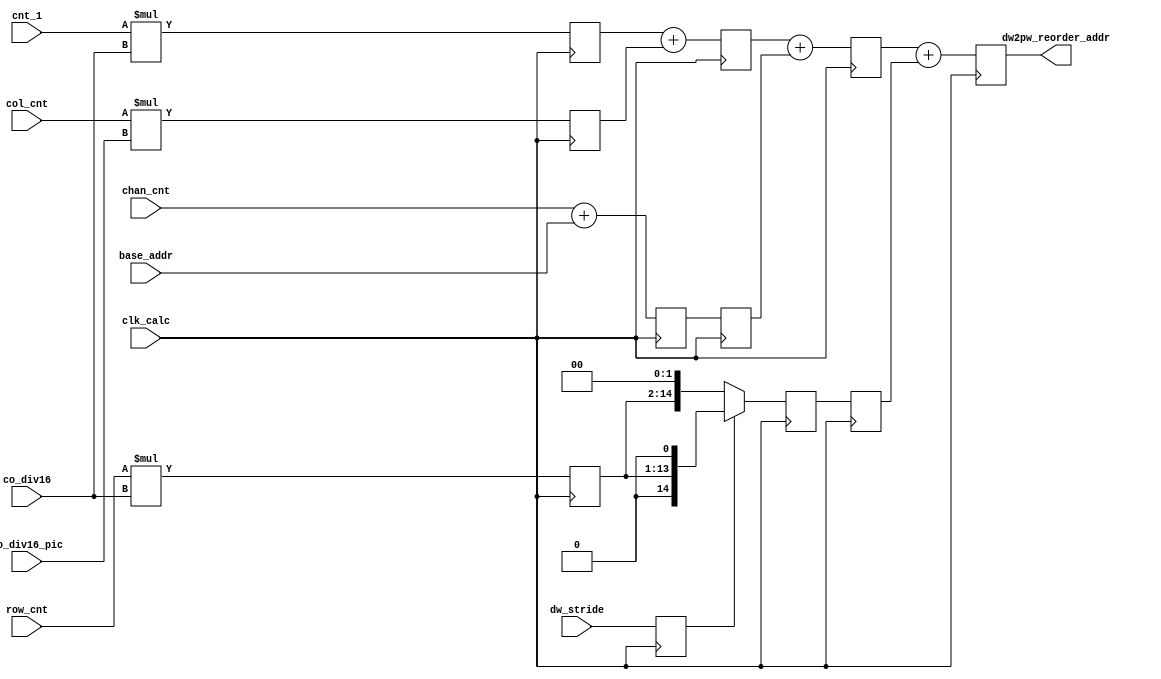
module dw2pw_reorder_addr_gen(
    input                   clk_calc            ,
    
    input                   dw_stride           ,
    input [25:0]            base_addr           ,
    // input [10:0]            channel             ,
    input [ 6:0]            co_div16           ,
    input [14:0]            co_div16_pic       ,
    // input [18:0]            channel_pic         ,
    
    input [ 2:0]            cnt_1               ,        
    input [ 6:0]            col_cnt             ,
    input [ 5:0]            row_cnt             ,
    input [10:0]            chan_cnt            ,
    
    output reg [25:0]       dw2pw_reorder_addr  
);

//stride = 1
//dw2pw_reorder_addr = cnt_1*co_div16                                  +
//                     col_cnt*co_div16*pic_size                       +
//                     row_cnt*co_div16*pic_size*4                     +
//                     chan_cnt                                         +
//                     base_addr
//stride = 2
//dw2pw_reorder_addr = cnt_1*co_div16                         +
//                     col_cnt*co_div16*pic_size                               +
//                     row_cnt*co_div16*pic_size*2                     +
//                     chan_cnt                                         +
//                     base_addr

//
reg [ 9:0]                  Cnt1_MulCoq         ;
reg [21:0]                  Col_MulCoq_pic      ;
reg [12:0]                  Row_MulCoq          ;
reg [25:0]                  Chan_AddBase        ;
reg                         dw_stride_r         ;

always @ (posedge clk_calc) begin 
    Cnt1_MulCoq     <= cnt_1 * co_div16        ;
    Col_MulCoq_pic  <= col_cnt * co_div16_pic  ;
    Row_MulCoq      <= row_cnt * co_div16      ;
    Chan_AddBase    <= chan_cnt + base_addr    ;
    dw_stride_r     <= dw_stride;
end

//
reg [22:0]                  Cnt1_MulCoq_AddCol_MulCoq_pic;
reg [25:0]                  Chan_AddBase_r;
reg [14:0]                  Row_MulCoq_r;

always @ (posedge clk_calc) begin 
    Cnt1_MulCoq_AddCol_MulCoq_pic  <= Cnt1_MulCoq + Col_MulCoq_pic;
    Chan_AddBase_r                 <= Chan_AddBase;
    Row_MulCoq_r                   <= dw_stride_r == 1'b1 ? {Row_MulCoq, 1'b0} : {Row_MulCoq, 2'b0};
end

//
reg [25:0]                  dw2pw_reorder_addr_add1;
reg [14:0]                  Row_MulCo_pic_r1;

always @ (posedge clk_calc) begin 
    dw2pw_reorder_addr_add1 <= Cnt1_MulCoq_AddCol_MulCoq_pic + Chan_AddBase_r;
    Row_MulCo_pic_r1 <= Row_MulCoq_r;
end

//
always @ (posedge clk_calc) begin 
    dw2pw_reorder_addr <= dw2pw_reorder_addr_add1 + Row_MulCo_pic_r1;
end


endmodule